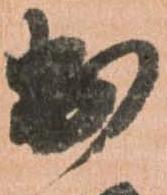
出